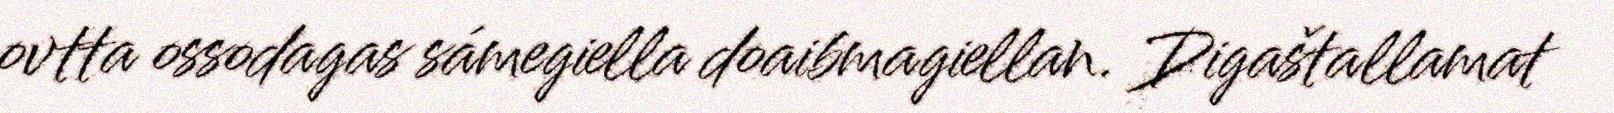
ovtta ossodagas sámegiella doaibmagiellan. Digaštallamat